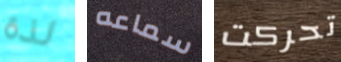
لذة سماعه تحركت